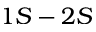
1 S - 2 S